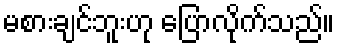
မစားချင်ဘူးဟု ပြောလိုက်သည်။